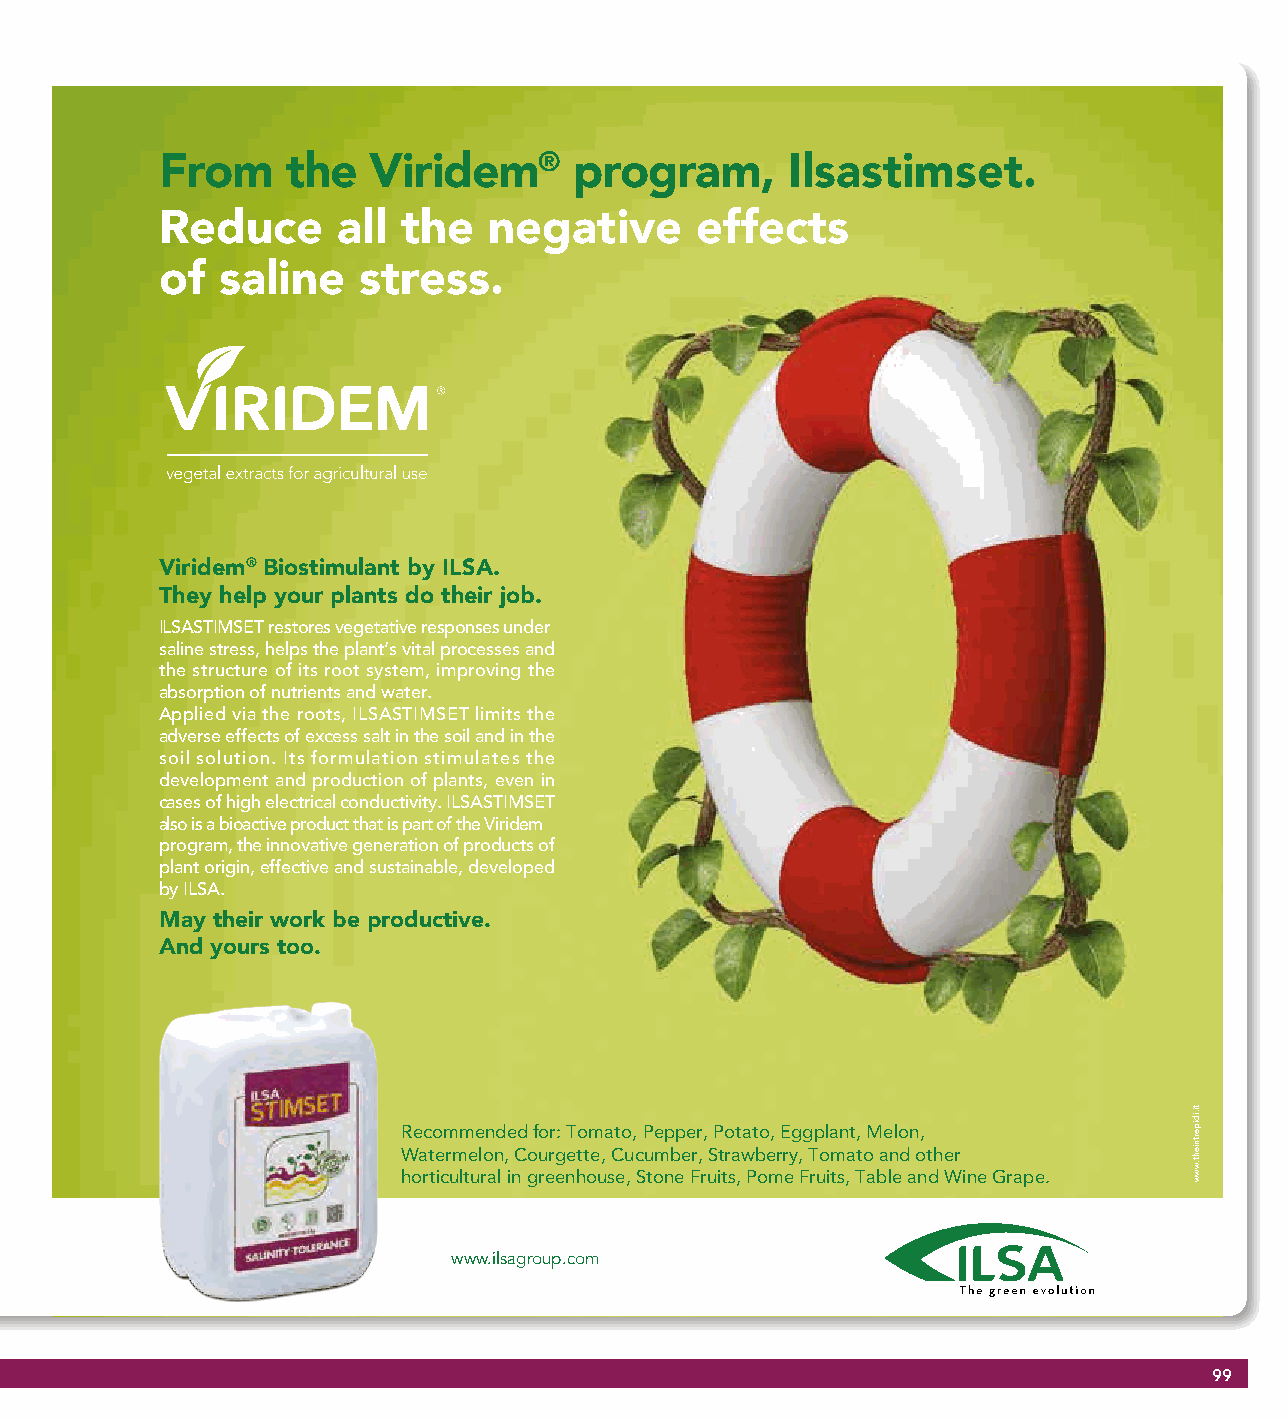
From    the  Viridem®      program,      Ilsastimset.
 Reduce     all  the  negative      effects
 of saline    stress.
 Viridem® Biostimulant by ILSA.
 They help your plants do their job.
 ILSASTIMSET restores vegetative responses under
 saline stress, helps the plant’s vital processes and
 the structure of its root system, improving the
 absorption of nutrients and water.
 Applied via the roots, ILSASTIMSET limits the
 adverse effects of excess salt in the soil and in the
 soil solution. Its formulation stimulates the
 development and production of plants, even in
 cases of high electrical conductivity. ILSASTIMSET
 also is a bioactive product that is part of the Viridem
 program, the innovative generation of products of
 plant origin, effective and sustainable, developed
 by ILSA.
 May their work be productive.
 And yours too.
 Recommended for: Tomato, Pepper, Potato, Eggplant, Melon,
 Watermelon, Courgette, Cucumber, Strawberry, Tomato and other
 horticultural in greenhouse, Stone Fruits, Pome Fruits, Table and Wine Grape.
 www.ilsagroup.com
 99
 ti.idipertnieht.www